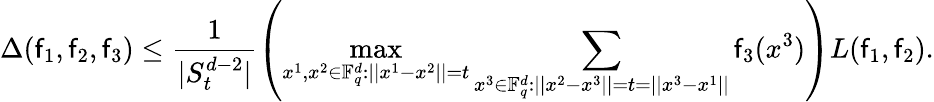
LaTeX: \Delta(\mathsf{f}_{1},\mathsf{f}_{2},\mathsf{f}_{3})\le\frac{{1}}{{|S_{t}^{d-2}|}}\left(\operatorname*{max}_{x^{1},x^{2}\in\mathbb{F}_{q}^{d}:||x^{1}-x^{2}||=t}\sum_{x^{3}\in\mathbb{F}_{q}^{d}:||x^{2}-x^{3}||=t=||x^{3}-x^{1}||}\mathsf{f}_{3}(x^{3})\right)L(\mathsf{f}_{1},\mathsf{f}_{2}).